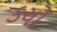
કયો